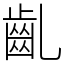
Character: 齓